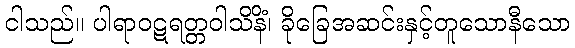
ငါသည်။ ပါရာဝဋရတ္တဝါသိနိံ၊ ခိုခြေအဆင်းနှင့်တူသောနီသော